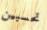
تحسبين